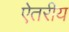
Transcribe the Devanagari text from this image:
ऐतरीय